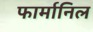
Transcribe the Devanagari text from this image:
फार्मानिल